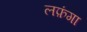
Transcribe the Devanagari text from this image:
लफ़ंगा